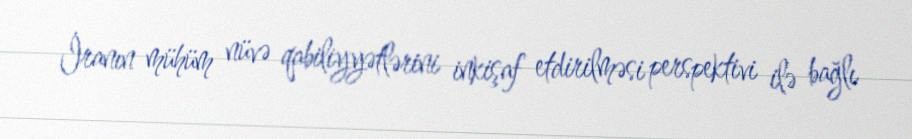
İranın mühüm nüvə qabiliyyətlərini inkişaf etdirilməsi perspektivi ilə bağlı